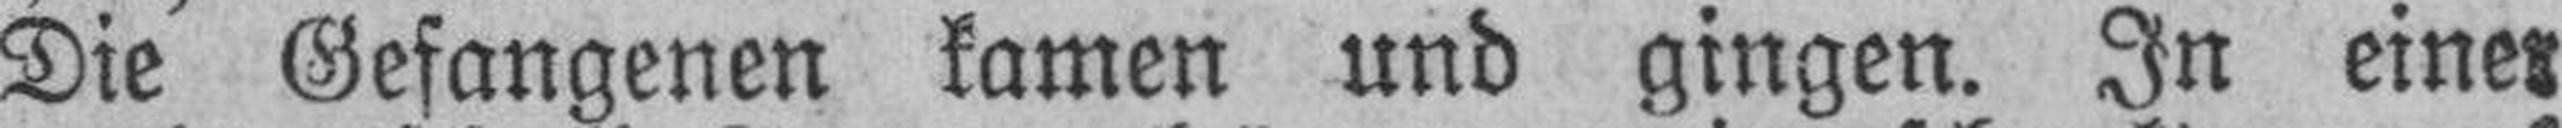
Die Gefangenen kamen und gingen. In eine